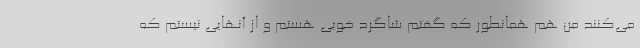
می‌کنند من هم همانطور که گفتم شاگرد خوبی هستم و از آنهایی نیستم که